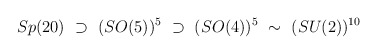
\begin{align*}Sp(20) ~\supset ~ (SO(5))^5 ~\supset ~(SO(4))^5 ~ \sim ~ (SU(2))^{10}\end{align*}